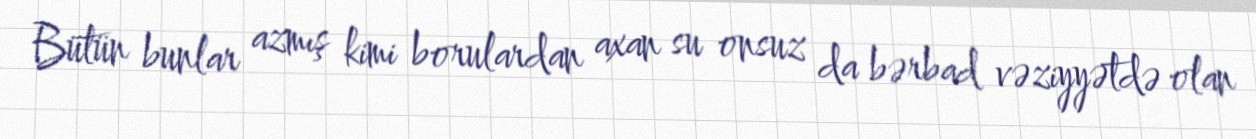
Bütün bunlar azmış kimi borulardan axan su onsuz da bərbad vəziyyətdə olan